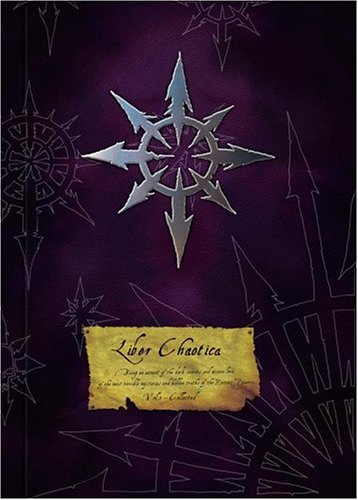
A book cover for Liber Chaotica Complete (Warhammer); Richard Williams; Science Fiction & Fantasy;